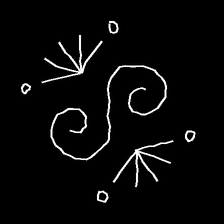
Glyph: aeroform